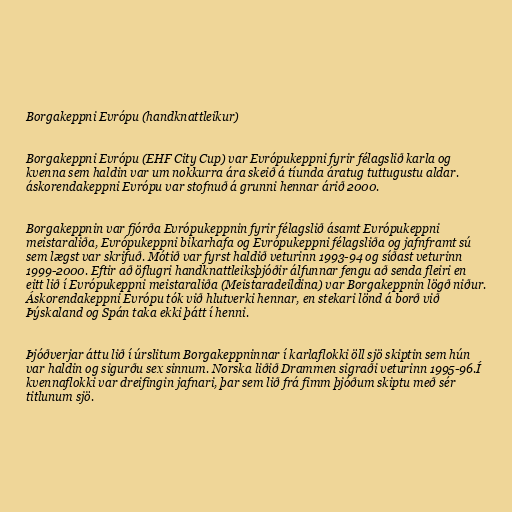
Borgakeppni Evrópu (handknattleikur)

Borgakeppni Evrópu (EHF City Cup) var Evrópukeppni fyrir félagslið karla og
kvenna sem haldin var um nokkurra ára skeið á tíunda áratug tuttugustu aldar.
áskorendakeppni Evrópu var stofnuð á grunni hennar árið 2000.

Borgakeppnin var fjórða Evrópukeppnin fyrir félagslið ásamt Evrópukeppni
meistaraliða, Evrópukeppni bikarhafa og Evrópukeppni félagsliða og jafnframt sú
sem lægst var skrifuð. Mótið var fyrst haldið veturinn 1993-94 og síðast veturinn
1999-2000. Eftir að öflugri handknattleiksþjóðir álfunnar fengu að senda fleiri en
eitt lið í Evrópukeppni meistaraliða (Meistaradeildina) var Borgakeppnin lögð niður.
Áskorendakeppni Evrópu tók við hlutverki hennar, en stekari lönd á borð við
Þýskaland og Spán taka ekki þátt í henni.

Þjóðverjar áttu lið í úrslitum Borgakeppninnar í karlaflokki öll sjö skiptin sem hún
var haldin og sigurðu sex sinnum. Norska liðið Drammen sigraði veturinn 1995-96.Í
kvennaflokki var dreifingin jafnari, þar sem lið frá fimm þjóðum skiptu með sér
titlunum sjö.